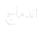
اندماج